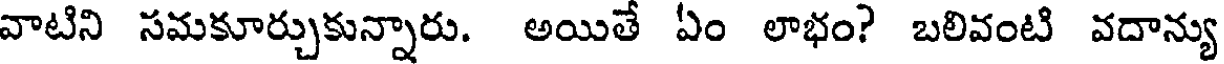
వాటిని సమకూర్చుకున్నారు. అయితే ఏం లాభం? బలివంటి వదాన్యు